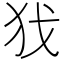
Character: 𢦖